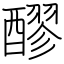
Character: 醪